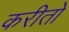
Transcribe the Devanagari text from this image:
करीतो